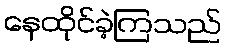
နေထိုင်ခဲ့ကြသည်